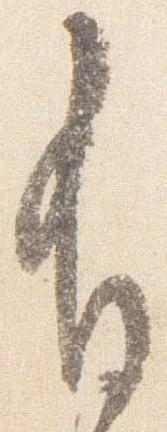
有